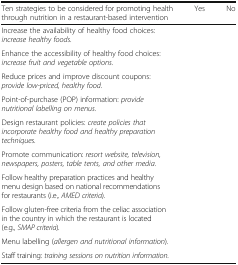
<table><thead><tr><td><b>Ten strategies to be considered for promoting health through nutrition in a restaurant-based intervention</b></td><td><b>Yes</b></td><td><b>No</b></td></tr></thead><tbody><tr><td>Increase the availability of healthy food choices: <i>increase healthy foods.</i></td><td></td><td></td></tr><tr><td>Enhance the accessibility of healthy food choices: <i>increase fruit and vegetable options.</i></td><td></td><td></td></tr><tr><td>Reduce prices and improve discount coupons: <i>provide low-priced, healthy food.</i></td><td></td><td></td></tr><tr><td>Point-of-purchase (POP) information: <i>provide nutritional labelling on menus.</i></td><td></td><td></td></tr><tr><td>Design restaurant policies: <i>create policies that incorporate healthy food and healthy preparation techniques.</i></td><td></td><td></td></tr><tr><td>Promote communication: <i>resort website, television, newspapers, posters, table tents, and other media.</i></td><td></td><td></td></tr><tr><td>Follow healthy preparation practices and healthy menu design based on national recommendations for restaurants (i.e.<i>, AMED criteria</i>)<i>.</i></td><td></td><td></td></tr><tr><td>Follow gluten-free criteria from the celiac association in the country in which the restaurant is located (e.g.<i>, SMAP criteria</i>)<i>.</i></td><td></td><td></td></tr><tr><td>Menu labelling (<i>allergen and nutritional information</i>)<i>.</i></td><td></td><td></td></tr><tr><td>Staff training: <i>training sessions on nutrition information.</i></td><td></td><td></td></tr></tbody></table>